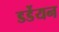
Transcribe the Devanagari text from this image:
डर्डेयन